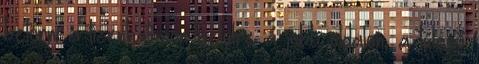
betörni a tizenhatoson belülre a jobb oldalon, a túlerő